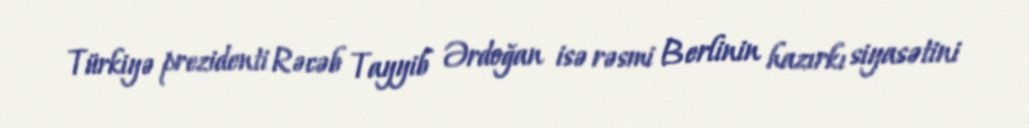
Türkiyə prezidenti Rəcəb Tayyib Ərdoğan isə rəsmi Berlinin hazırkı siyasətini